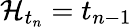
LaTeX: \mathcal{H}_{t_{n}}=t_{n-1}